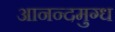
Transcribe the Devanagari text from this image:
आनन्दमुग्ध